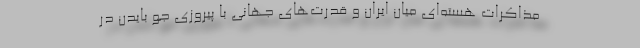
مذاکرات هسته‌ای میان ایران و قدرت‌های جهانی با پیروزی جو بایدن در